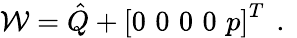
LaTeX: \mathcal{W}=\hat{Q}+\left[0\, \, 0\, \, 0\, \, 0\, \, p\right]^{T}\, \mathrm{~.~}